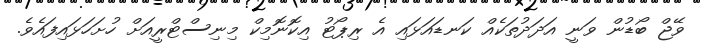
ވޭޖް ބޯޑުން ވަނީ އަދަދުތަކެއް ކަނޑައަޅައި އެ ރިޕޯޓު އިކޮނޮމިކް މިނިސްޓްރީއަށް ހުށަހަޅައިފައެވެ.